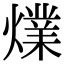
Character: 㸁